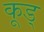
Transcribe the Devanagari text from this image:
कूड्